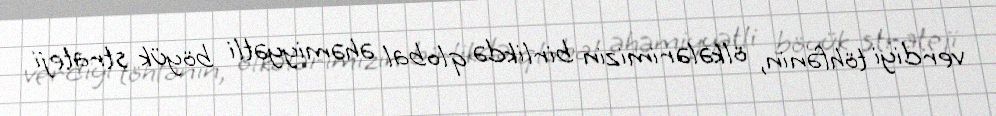
verdiyi töhfənin, ölkələrimizin birlikdə qlobal əhəmiyyətli böyük strateji